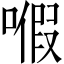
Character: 𠽙